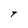
Character: T